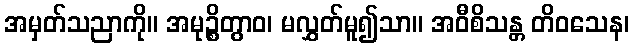
အမှတ်သညာကို။ အမုဉ္စိတွာဝ၊ မလွှတ်မူ၍သာ။ အဝီစိသန္တ တိဝသေန၊